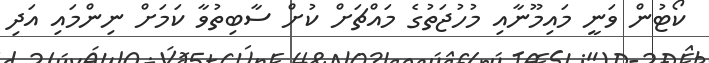
ކޯޓުން ވަނީ މައިމޫނާއި މުހުޖަތުގެ މައްޗަށް ކުށް ސާބިތުވާ ކަމަށް ނިންމައި އަދި